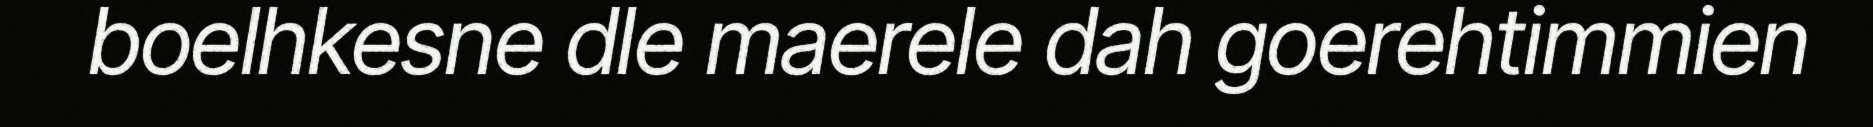
boelhkesne dle maerele dah goerehtimmien